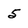
Character: 5